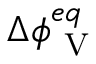
\Delta \phi _ { \mathrm { ~ V ~ } } ^ { e q }